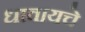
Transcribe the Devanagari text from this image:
धावायचे